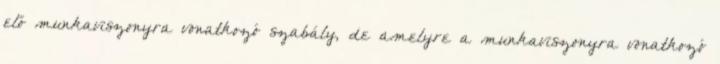
elő munkaviszonyra vonatkozó szabály, de amelyre a munkaviszonyra vonatkozó